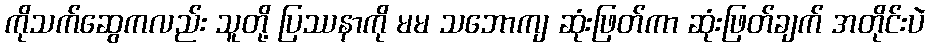
ကိုသက်ဆွေကလည်း သူတို့ ပြဿနာကို မမ သဘောကျ ဆုံးဖြတ်ကာ ဆုံးဖြတ်ချက် အတိုင်းပဲ